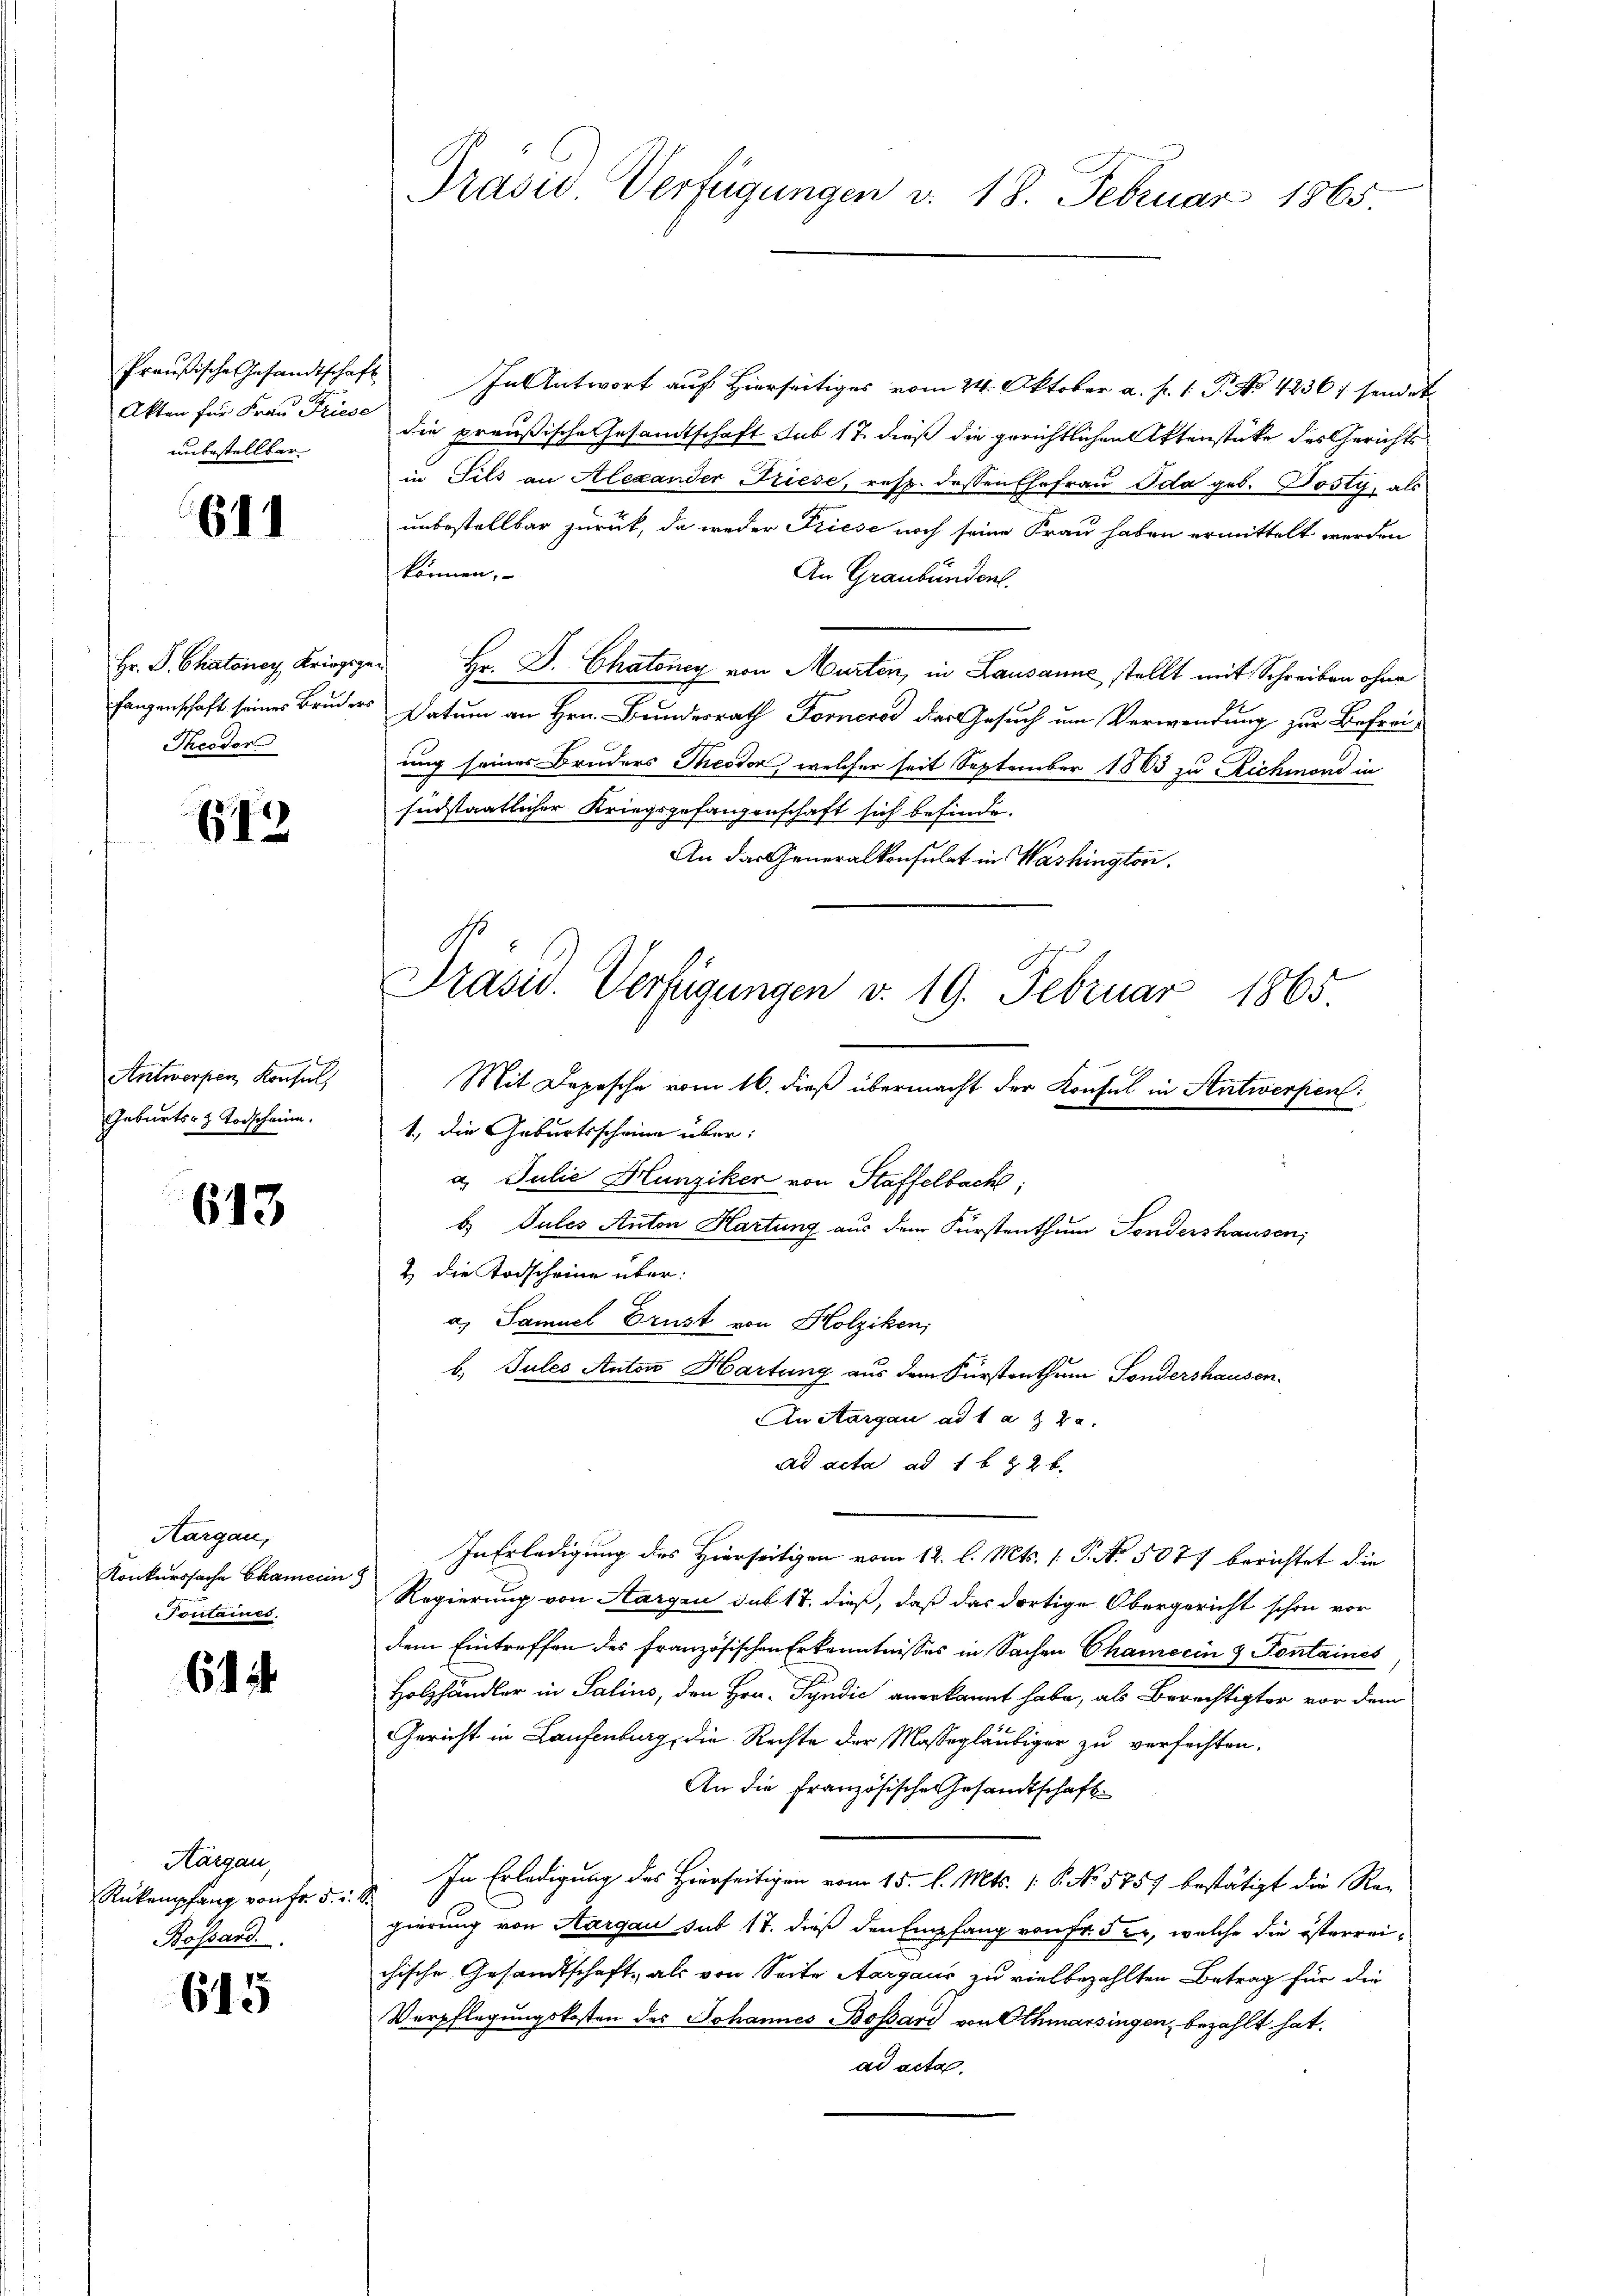
Preußische Gesandtschaft
unbestellbar

611

Theodor

643

Antwerpen Konsul
Geburts- & Todscheine.

613

Aargau,
Konkurssache Chamerin
Tontaines.

6

Aargau,
Rükempfang von Fr. 5. r.
Bossard.

615

In Antwort auf Hierseitiges vom 24. Oktober a. p. 1. P. No 4236/ sendet
Akten für Frau Pries die preußische Gesandtschaft sub 17 dieß die gerichtlichen Aktenstüke des Gerichts
u Sils an Alexander Friese, resp. dessen Ehefrau Ida geb. Josty, als
unbestellbar zurück, da weder Friese noch seine Frau haben ermittelt werden
können,
An Graubünden.
Hr. P. Chatoney Krieger Hr. P. Chatoney von Murten, in Lausanne stellt mit Schreiben ohne
fangenschaft seines Bruders Datum an Hrn. Bundesrath Forner das Gesuch um Verwendung zur Befreiung seiner Bruders Theodor, welcher seit September 1863 zu Reichmond in
südstaatlicher Kriegsgefangenschaft sich befinde.
An das Generalkonsulat in Washington.
Mit Depesche vom 16. dieß übermacht der Konsul in Antwerfen
1, die Geburtsscheine über:
a. Julie Hunziker von Staffelbach,
b. Sules Anton Hartung aus dem Fürstenthum Sondershausen,
2) die Todscheine über:
a. Samuel Brust von Holziken,
b. Jules Anton Hartung aus dem Fürstenthum Sondershausen.
An Aargau ad 1 a & 22.
ad acta ad 1 b & 2 b
In Erledigung des Hierseitigen vom 12. l. Mts. (T. No. 5077 berichtet die
Regierung von Aargen das 17. dieß, daß das dortige Obergericht schon vor
dem Eintreffen des französischen Erkenntnisses in Sachen Chamerin & Fontaines
Holzhändler in Salins, den Hrn. Syndić anerkannt habe, als Berechtigter vor dem
Gericht in Laufenburg, die Rechte der Massegläubiger zu verfachten.
An die Französische Gesandtschaft
In Erledigung des Herrseitigen vom 15. l. Mts. S. No 5757 bestätigt die Re-
gierung von Aargau sub 17. dieß den Empfang von Fr. 5 er, welche die österrei-
chische Gesandtschaft, als von Seite Aargaus zu viel bezahlten Betrag für die
Verpflegungskosten des Johannes Bossari von Othmarsingen, bezahlt hat.
ad acta.

Präsid. Verfügungen v. 18. Februar 1865.

Präsid. Verfügungen d. 19. Februar 1865.